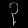
Digit: ၃